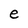
Character: e